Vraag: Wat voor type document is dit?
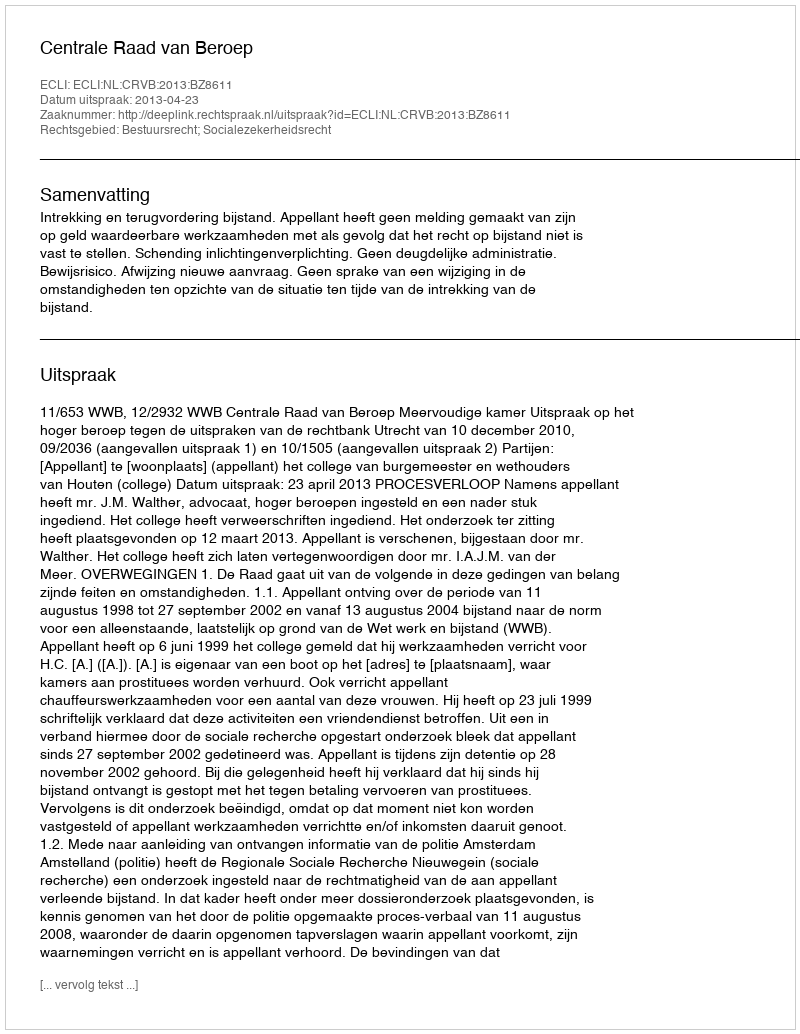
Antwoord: Uitspraak